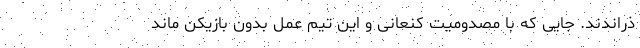
ذراندند. جایی که با مصدومیت کنعانی و این تیم عمل بدون بازیکن ماند